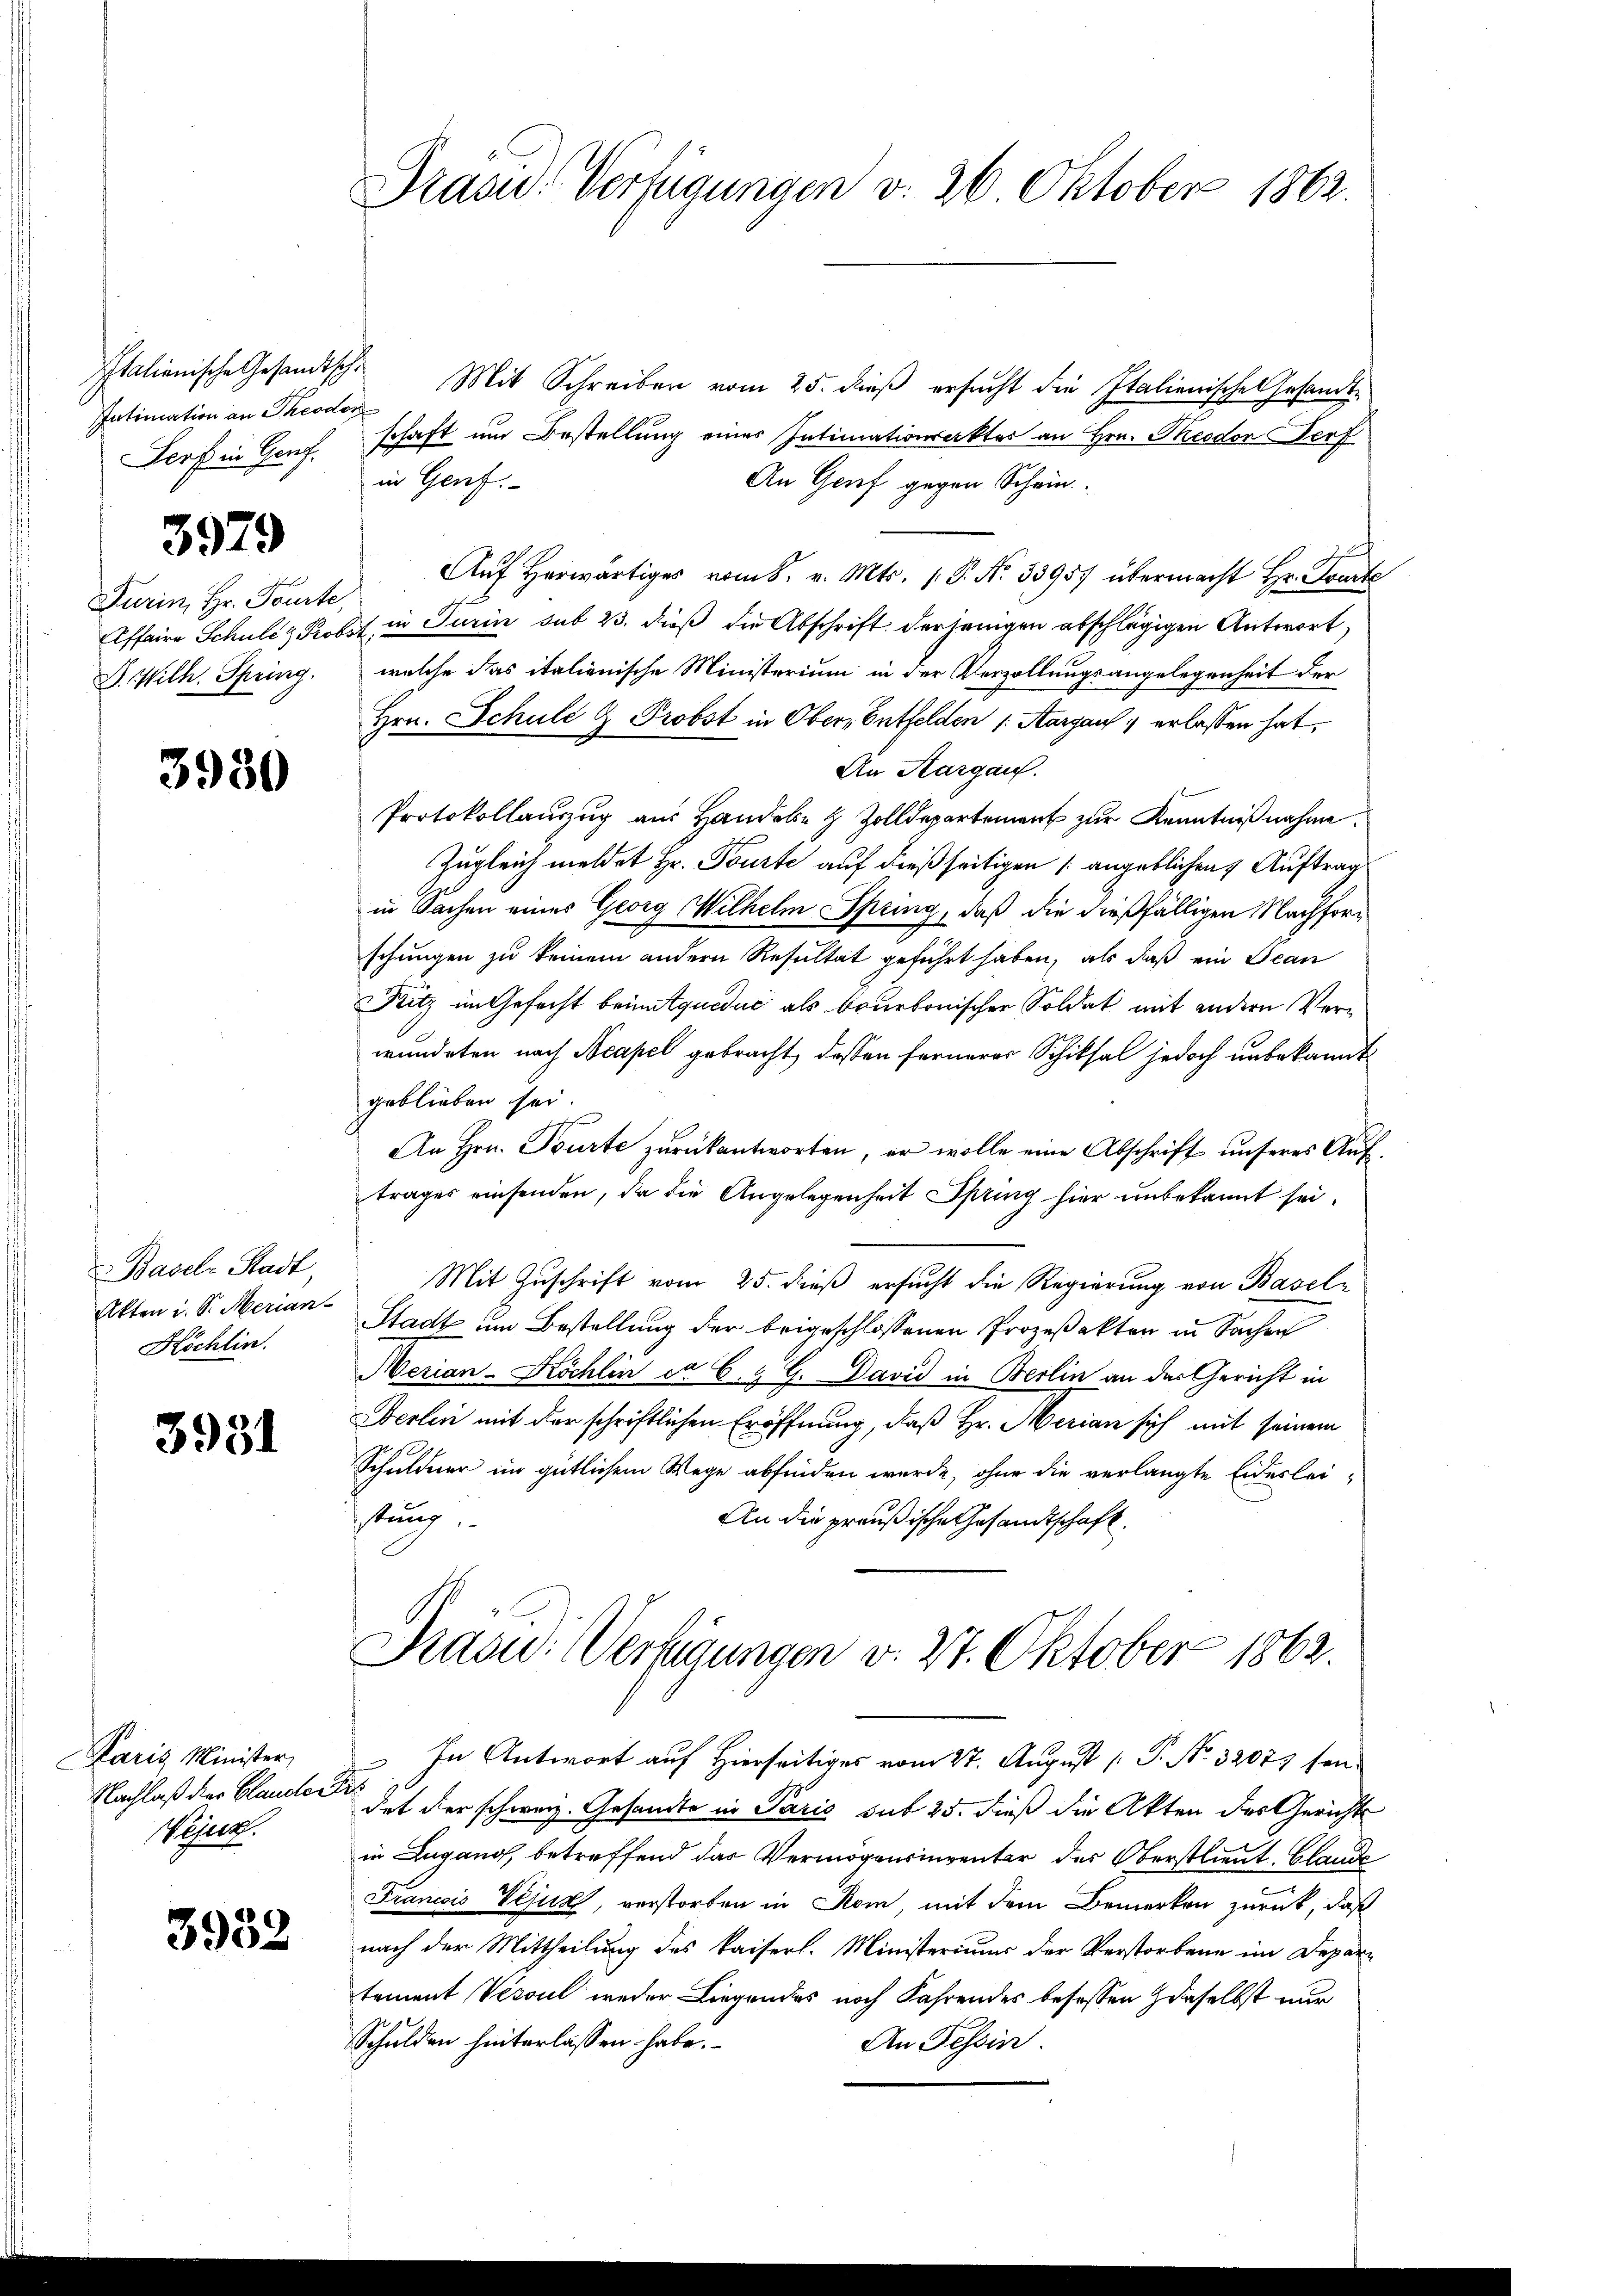
Italienische Gesandtsch¬
Intimation an Theodon
Sorf in Genf.

Turin, Hr. Tourte,
Affaire Schule & Prob
D. Wilh. Spring.

3979

3930

Basel-Stadt
Akten u. S. Merian
Höchlin.

3931

Paris Minister,
Nachlaß der Clauder
Vejur.

3958

Präsid.. Verfügungen d. 26 Oktober 1862.

Mit Schreiben vom 25. dieß ersucht die Italienisches Gesandtschaft und Bestellung eines Intimationsakter an Hrn. Theodor erf
in Genf.
An Grief gegen Schein
c
Aŭf herwärtiges vom 8. v. Mts. 1. P. Nr. 33957 übermacht Hr. Gurte
in Turin sub 23. dieß die Abschrift derjenigen abschlägigen Antwort,
lat,
welche das italienische Ministerium in der Verzöllungsangelegenheit der
Hrn. Schule & Probst in Obers Entfelden 1. Aargau 1 erlassen hat,
An Aargau.
Protokollaŭszŭg aŭs Handeln & Zolldepartement zŭr Kenntniβnahme.
Zugleich meldet Hr. Tourte auf dießseitigen angeblichen Auftrag
in Sachen eines Georg Wilhelm Spring, daß die dießfälligen Nachforschungen zu keinem andern Resultat geführt haben, als daß ein Bean
Kitz im Gefecht beimtqueduc als beurbonischen Soldat mit andern Verwundeten nach Neapel gebracht, dassen fernerer Schiksal jedoch unbekannt
geblieben sei.
An Hrn. Tourte zurückantworten, er wolle eine Abschrift unseres Auftrages einsenden, da die Angelegenheit Spring hier unbekannt sei.
Mit Zuschrift vom 25. dieß ersucht die Regierung von Basel-
Stadt um Bestellung der beigeschlossenen Prozeßakten in Sachen
Merian-Köchlin ca 6. & G. David in Berlin an der Gericht in
Berlin mit der schriftlichen Eröffnung, daß Hr. Merian sich mit seinem
Schuldner im gütlichem Wege abfinden wurde, ohne die verlangte Eideslei-
stung
An die preußische Gesandtschaft.
Präsid. Verfügungen v. 27. Oktober 1862.
In Antwort auf Hierseitiges vom 27. August [ P. No. 32073 sein
d
det der schweiz. Gesandte in Paris sub 25. dieß die Akten des Gericht
in Lugano, betreffend das Vermögensinventar des Oberstlieut. Claude
Francois Vejus, verstorben in Rom, mit dem Bemerken zurück, daß
nach der Mittheilung des kaiserl. Ministeriums der Verstorbene im Departement Vesoul weder Liegendes noch Fahrendes besessen daselbst nur
Schulden hinterlassen habe.
An Tessin.